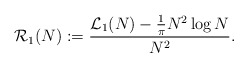
\begin{align*}\mathcal{R}_{1}(N):=\frac{\mathcal{L}_{1}(N)-\frac{1}{\pi}N^{2}\log N}{N^2}.\end{align*}